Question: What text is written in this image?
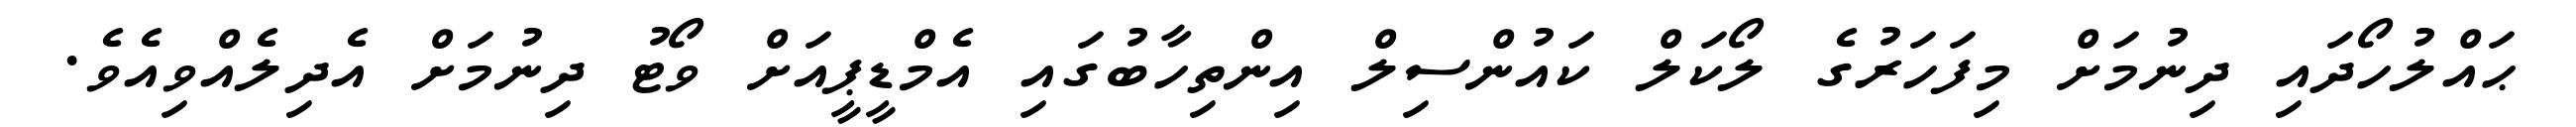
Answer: ޙައްލުހޯދައި ދިނުމަށް މިފަހަރުގެ ލޯކަލް ކައުންސިލް އިންތިހާބުގައި އެމްޑީޕީއަށް ވޯޓު ދިނުމަށް އެދިލެއްވިއެވެ.